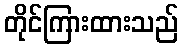
တိုင်ကြားထားသည်